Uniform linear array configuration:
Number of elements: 32
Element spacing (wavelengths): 0.5
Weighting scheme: cosine
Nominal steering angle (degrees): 0
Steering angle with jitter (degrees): -1.276
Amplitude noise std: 0.05
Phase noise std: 0.05

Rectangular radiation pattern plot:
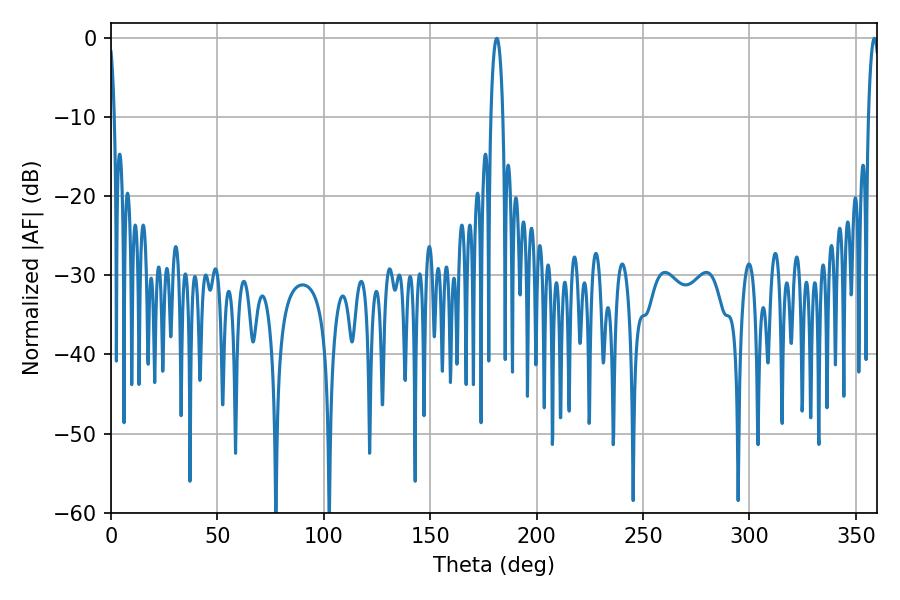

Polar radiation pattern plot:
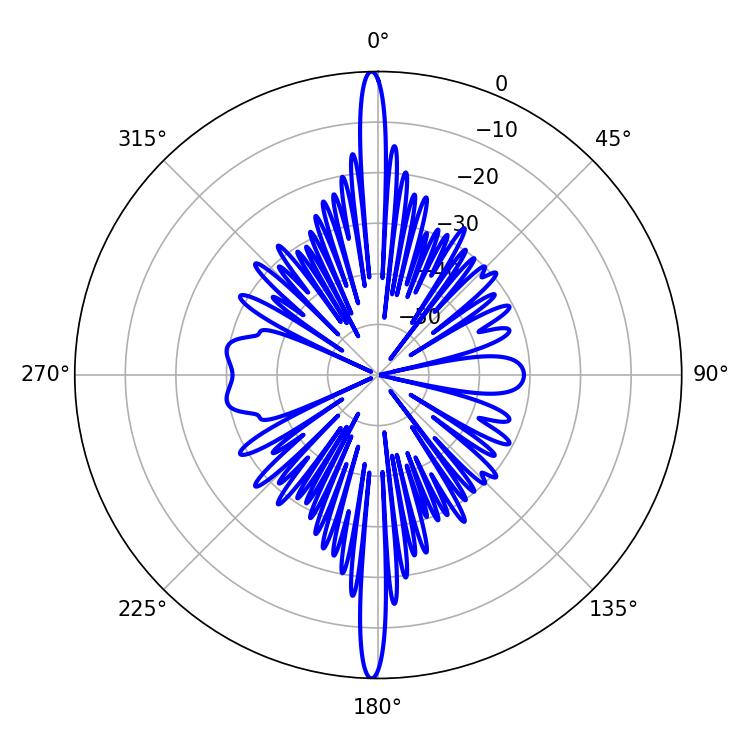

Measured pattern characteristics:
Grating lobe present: FALSE
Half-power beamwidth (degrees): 3.24
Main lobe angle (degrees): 181.26